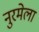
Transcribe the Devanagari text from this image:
नुरमेला